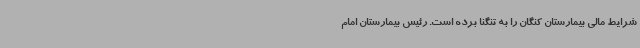
شرایط مالی بیمارستان کنگان را به تنگنا برده است. رئیس بیمارستان امام